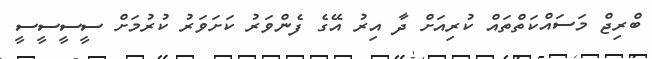
ބްރިޖް މަސައްކަތްތައް ކުރިއަށް ދާ އިރު އޭގެ ފެންވަރު ކަށަވަރު ކުރުމަށް ސީސީސީސީ